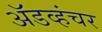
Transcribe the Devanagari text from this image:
ॲडव्हंचर